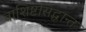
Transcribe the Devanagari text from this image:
वाशिष्टसिद्धान्त